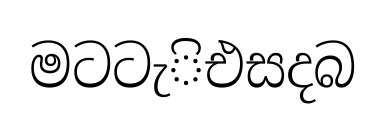
මටටැිඑසදබ